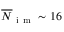
\overline { { N } } _ { \mathrm { ~ i ~ m ~ } } \sim 1 6